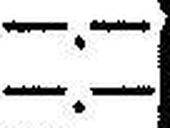
—.—